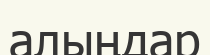
алыңдар